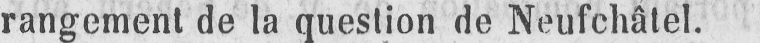
rangement de la question de Neufchâtel.